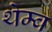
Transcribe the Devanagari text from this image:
थेम्ब